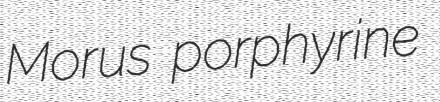
Morus porphyrine